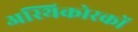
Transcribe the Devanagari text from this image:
अस्थिकोरकों